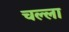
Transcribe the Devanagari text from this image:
चल्ला